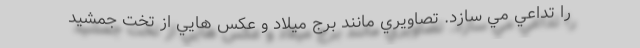
را تداعي مي سازد. تصاويري مانند برج ميلاد و عكس هايي از تخت جمشيد